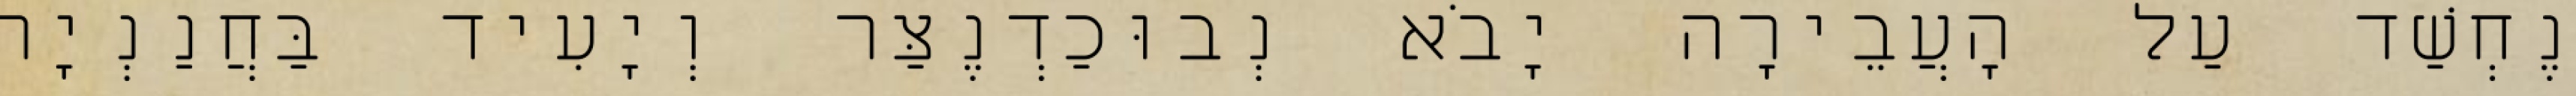
נֶחְשַׁד עַל הָעֲבֵירָה יָבֹא נְבוּכַדְנֶצַּר וְיָעִיד בַּחֲנַנְיָה